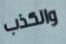
والكذب